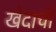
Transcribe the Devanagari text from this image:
खेदाची